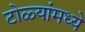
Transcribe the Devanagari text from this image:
टोळ्यांमध्ये